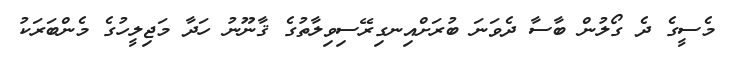
މެސީގެ ދެ ގޯލުން ބާސާ ދެވަނަ ބުރަށްއިނގިރޭސިވިލާތުގެ ޤާނޫނު ހަދާ މަޖިލީހުގެ މެންބަރަކު